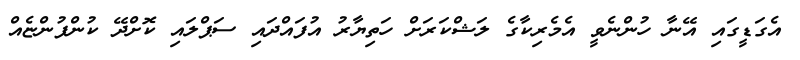
އެގަޑީގައި އޭނާ ހުންނެވީ އެމެރިކާގެ ލަޝްކަރަށް ހަތިޔާރު އުފައްދައި ސަޕްލައި ކޮށްދޭ ކުންފުންޏެއް